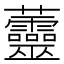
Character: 䖅